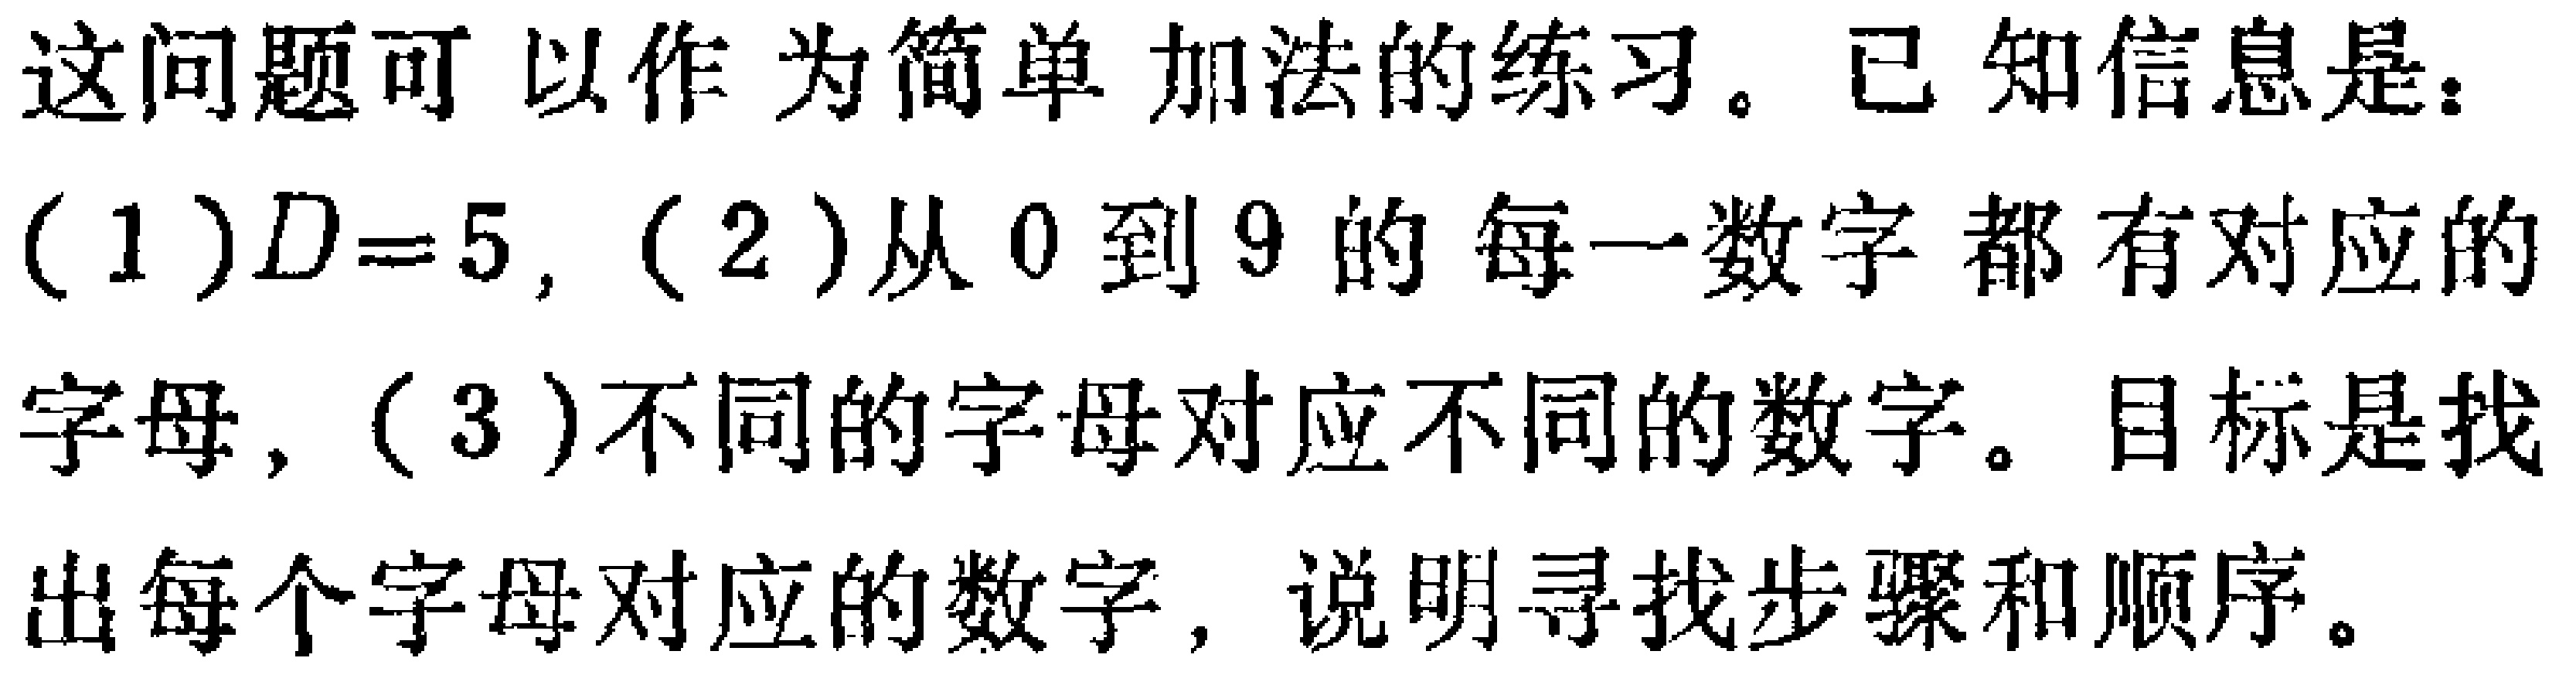
这问题可以作为简单加法的练习。已知信息是：
(1)$D = 5$, (2)从$0$到$9$的每一数字都有对应的
字母, (3)不同的字母对应不同的数字。目标是找
出每个字母对应的数字，说明寻找步骤和顺序。